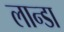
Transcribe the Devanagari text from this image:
लान्डा